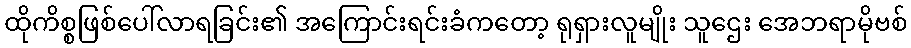
ထိုကိစ္စဖြစ်ပေါ်လာရခြင်း၏ အကြောင်းရင်းခံကတော့ ရုရှားလူမျိုး သူဌေး အေဘရာမိုဗစ်